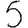
Digit: 5